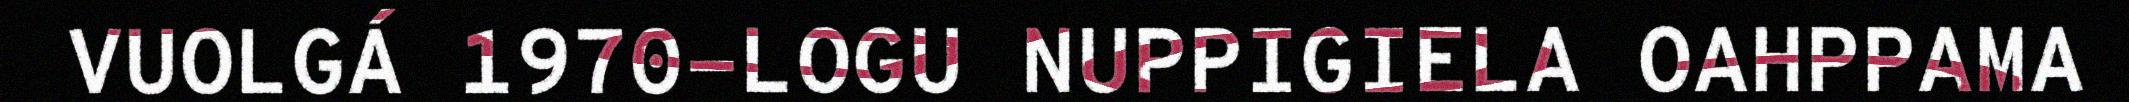
VUOLGÁ 1970-LOGU NUPPIGIELA OAHPPAMA